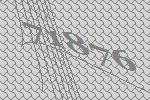
71876